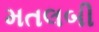
મતલબી